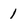
Character: 1